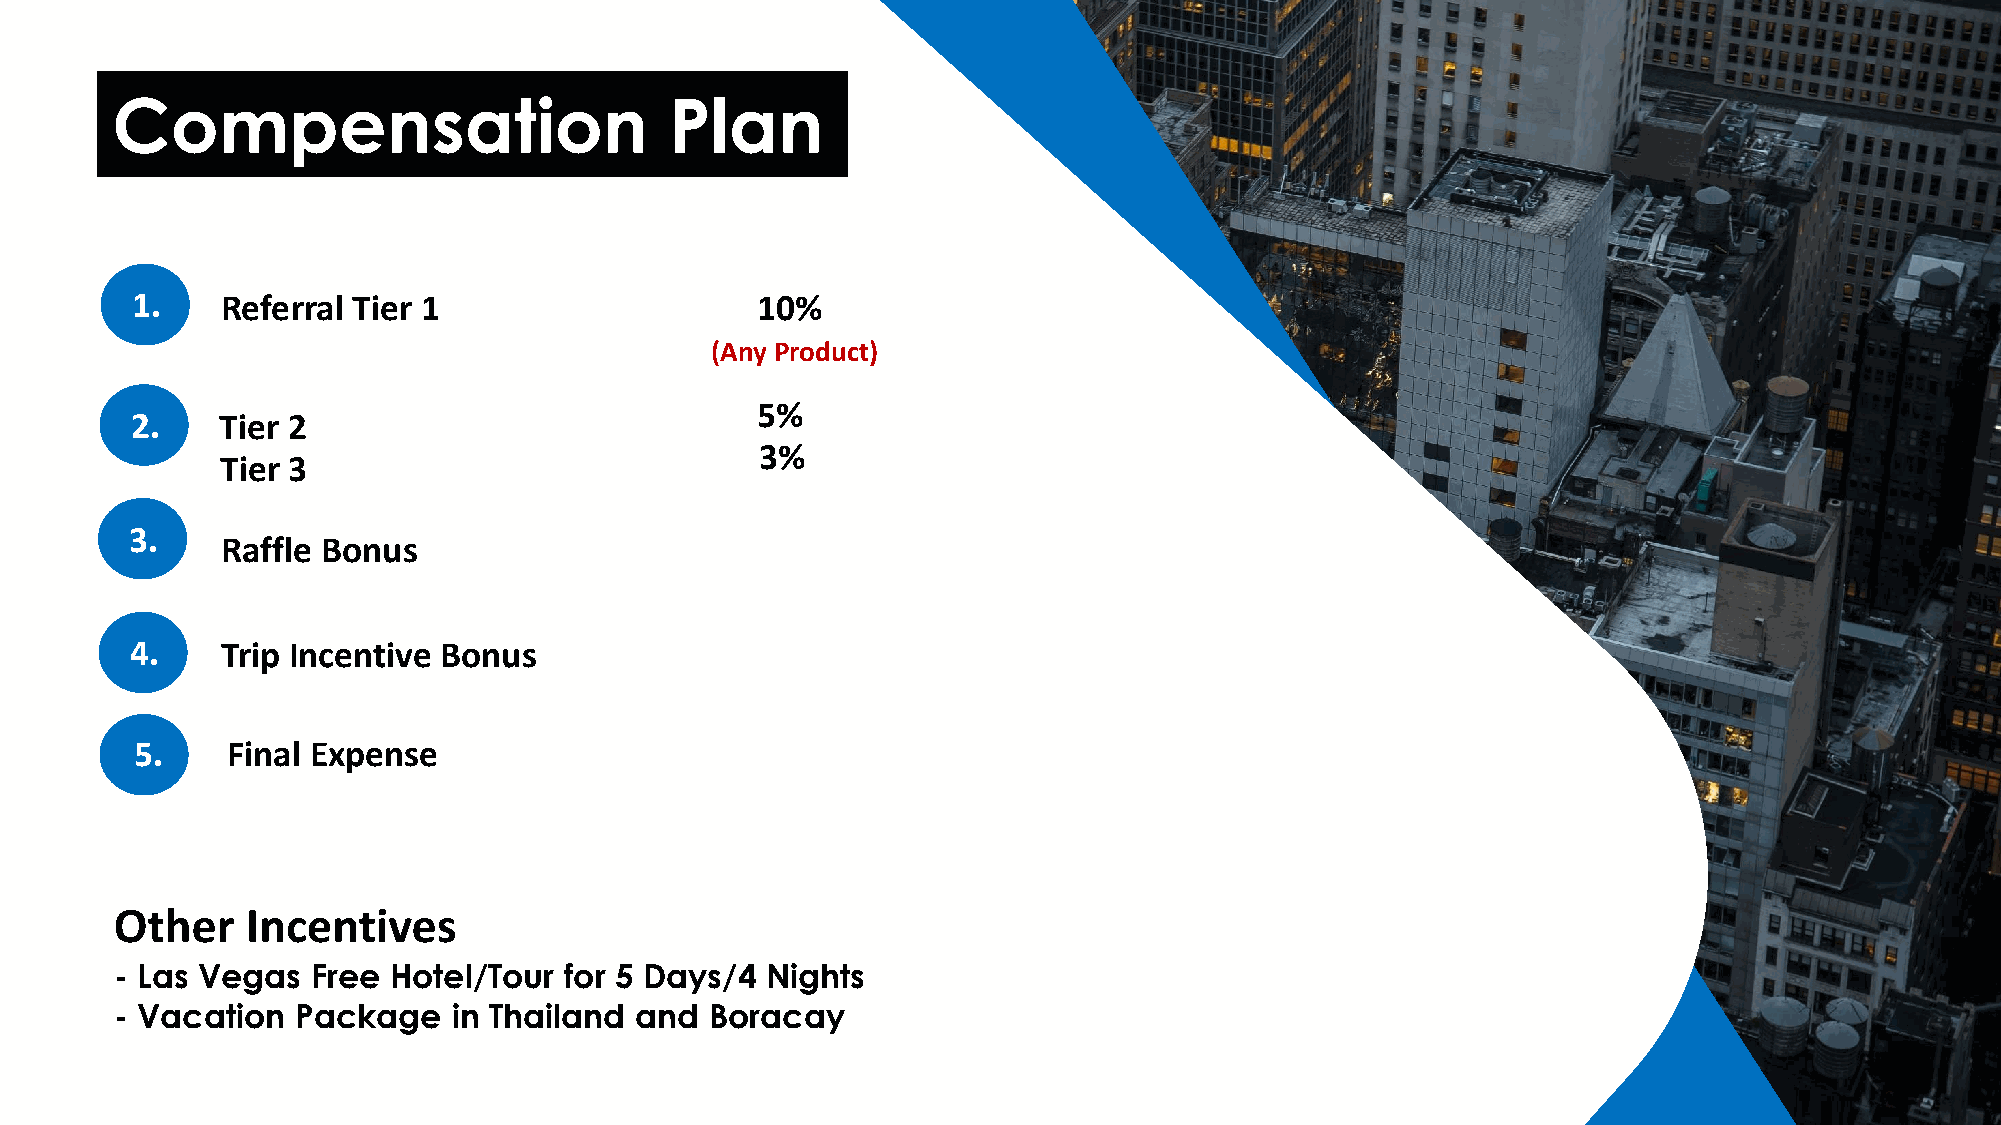
Compensation                         Plan
 1.    Referral Tier 1                    10%
 (Any Product)
 5%
 2.    Tier 2
 3%
 Tier 3
 3.
 Raffle Bonus
 4.    Trip Incentive Bonus
 5.    Final Expense
 Other   Incentives
 - Las Vegas  Free Hotel/Tour for 5 Days/4  Nights
 - Vacation  Package   in Thailand and  Boracay